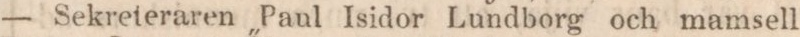
Sekreteraren Paul Isidor Lundborg och mamsell